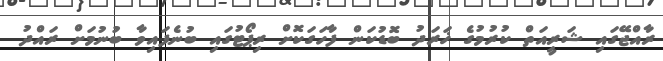
ރާއްޖޭގައި ޝަރީއަތް ކުރުމުގެ ޚަރަދު ބޮޑުކަން ފާހަގަކޮށް ރިޕޯޓުގައި ބުނެފައިވާ ބުނުމަށް ރައްދު